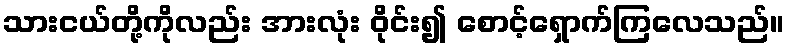
သားငယ်တို့ကိုလည်း အားလုံး ဝိုင်း၍ စောင့်ရှောက်ကြလေသည်။